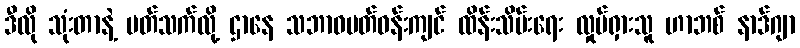
ဒီလို သုံးတာနဲ့ ပတ်သက်လို့ ဌာနေ သဘာဝပတ်ဝန်းကျင် ထိန်းသိမ်းရေး လှုပ်ရှားသူ ဟာဘစ် နာဒ်ဂျာ